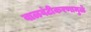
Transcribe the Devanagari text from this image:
वाळवंटीकरणामुळे